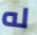
له